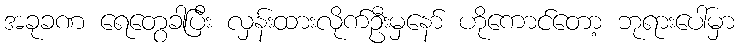
အခုခဏ ရေတွေခါပြီး လှန်းထားလိုက်ဦးမှနော် ဟိုကောင်တော့ ဘုရားပေါ်မှာ